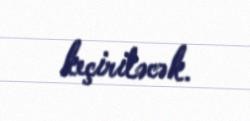
keçiriləcək.